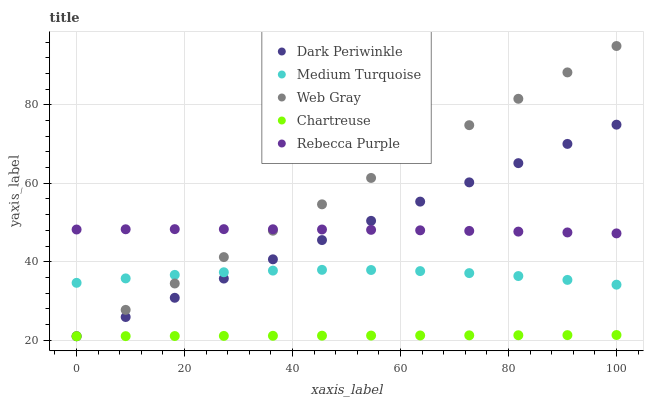
| xaxis_label | Dark Periwinkle | Medium Turquoise | Web Gray | Chartreuse | Rebecca Purple |
 | --- | --- | --- | --- | --- | --- |
 | 0 | 21 | 34.6 | 21 | 21 | 48.2 |
 | 9.09 | 25.9 | 35.7 | 27.7 | 21 | 48.3 |
 | 18.2 | 30.8 | 36.6 | 34.5 | 21.1 | 48.3 |
 | 27.3 | 35.7 | 37.3 | 41.2 | 21.1 | 48.3 |
 | 36.4 | 40.6 | 37.7 | 47.9 | 21.1 | 48.3 |
 | 45.5 | 45.5 | 37.9 | 54.6 | 21.1 | 48.2 |
 | 54.5 | 50.4 | 37.9 | 61.4 | 21.2 | 48.1 |
 | 63.6 | 55.3 | 37.6 | 68.1 | 21.2 | 48 |
 | 72.7 | 60.2 | 37.1 | 74.8 | 21.2 | 47.9 |
 | 81.8 | 65.1 | 36.3 | 81.5 | 21.3 | 47.7 |
 | 90.9 | 70 | 35.4 | 88.3 | 21.3 | 47.5 |
 | 100 | 74.9 | 34.1 | 95 | 21.3 | 47.2 |